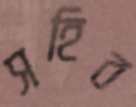
সহিব